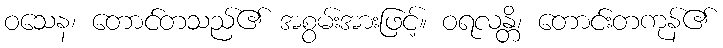
ဝသေန၊ တောင်တသည်၏ အစွမ်းအားဖြင့်။ ဝရလန္တိ၊ တောင်းတကုန်၏